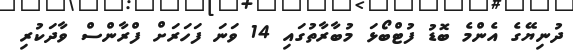
ދުނިޔޭގެ އެންމެ ބޮޑު ފުޓްބޯޅަ މުބާރާތުގައި 14 ވަނަ ފަހަރަށް ފްރާންސް ވާދަކުރި